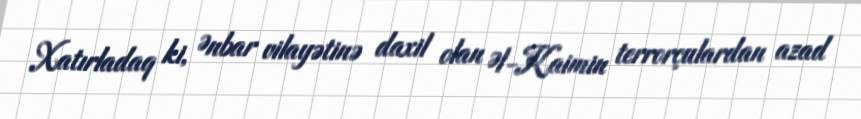
Xatırladaq ki, Ənbar vilayətinə daxil olan Əl-Kaimin terrorçulardan azad